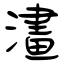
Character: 澅